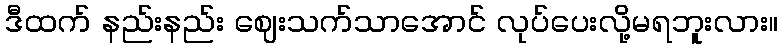
ဒီထက် နည်းနည်း ဈေးသက်သာအောင် လုပ်ပေးလို့မရဘူးလား။